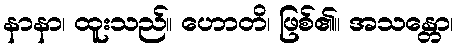
နာနာ၊ ထူးသည်။ ဟောတိ၊ ဖြစ်၏။ အသန္တော၊